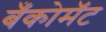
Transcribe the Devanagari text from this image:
बँकोमॅट